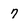
Character: 7